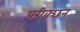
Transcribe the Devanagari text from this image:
परीक्छन